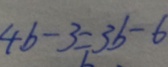
4 b - 3 = 3 b - b